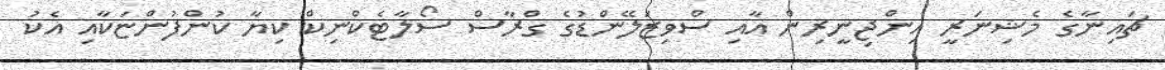
ޗައިނާގެ މެޝިނަރީ އިންޖިނީރިން އާއި ސްވިޒަލޭންޑުގެ ގްރާސް ސޯލާޓެކްނިކް ކިޔާ ކުންފުންޏަކާއި އެކު